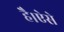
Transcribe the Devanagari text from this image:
है।ऐसे